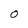
Character: 0